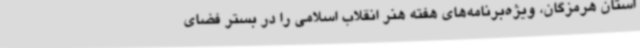
استان هرمزگان، ویژه‌برنامه‌های هفته هنر انقلاب اسلامی را در بستر فضای